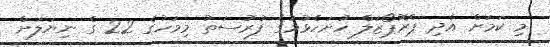
މި ކަމަށް އެދި ޕްރޮޕޯޒަލް ހުށަހެޅުމުގެ ފުރުސަތު މިމަހުގެ 22 ގެ ނިޔަލަށް